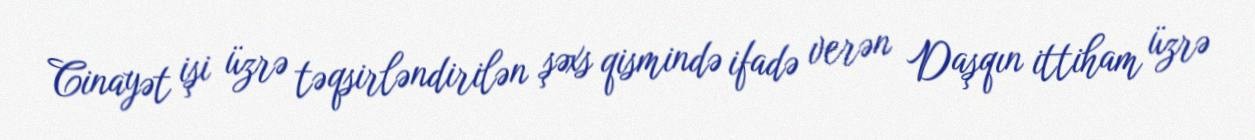
Cinayət işi üzrə təqsirləndirilən şəxs qismində ifadə verən Daşqın ittiham üzrə